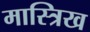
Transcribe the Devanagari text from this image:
मास्त्रिख